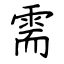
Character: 需